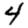
Digit: 4